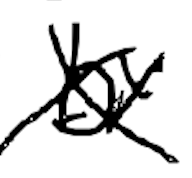
Text: by
Cross-out: cross
Writing tool: digital_black